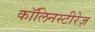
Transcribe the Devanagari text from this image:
कॉलिनस्टीरेज़